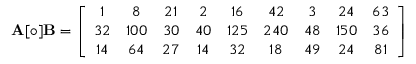
\mathbf { A } [ \circ ] \mathbf { B } = \left[ { \begin{array} { c c c c c c c c c } { 1 } & { 8 } & { 2 1 } & { 2 } & { 1 6 } & { 4 2 } & { 3 } & { 2 4 } & { 6 3 } \\ { 3 2 } & { 1 0 0 } & { 3 0 } & { 4 0 } & { 1 2 5 } & { 2 4 0 } & { 4 8 } & { 1 5 0 } & { 3 6 } \\ { 1 4 } & { 6 4 } & { 2 7 } & { 1 4 } & { 3 2 } & { 1 8 } & { 4 9 } & { 2 4 } & { 8 1 } \end{array} } \right]